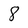
Character: 8